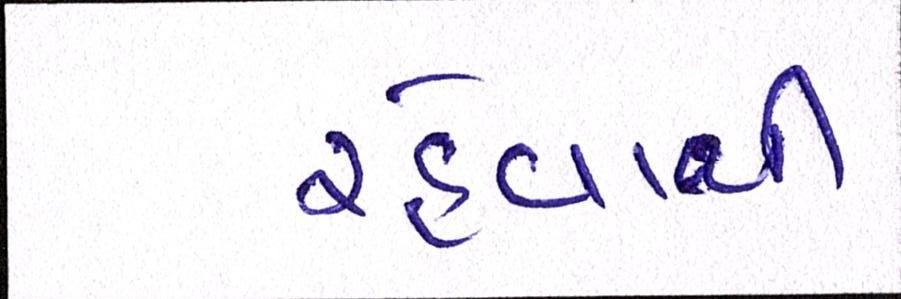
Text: રહેવાથી